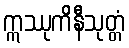
ဣဿုကိနီသုတ္တံ